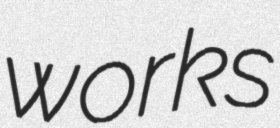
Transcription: works